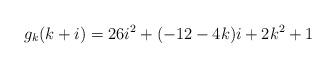
LaTeX: \begin{align*}g_k(k+i)=26i^2+(-12-4k)i+2k^2+1\end{align*}